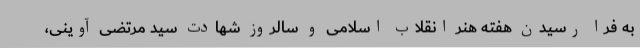
به فرا رسیدن هفته هنر انقلاب اسلامی و سالروز شهادت سید مرتضی آوینی،